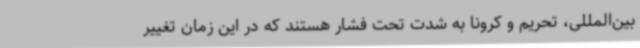
بین‌المللی، تحریم و کرونا به شدت تحت فشار هستند که در این زمان تغییر